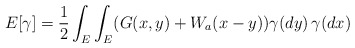
\begin{align*}E[\gamma]=\frac12\int_E\int_E(G(x,y)+W_a(x-y))\gamma(dy)\,\gamma(dx)\end{align*}